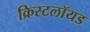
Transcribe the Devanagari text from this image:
क्रिस्टलॉयड